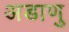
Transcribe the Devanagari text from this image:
अडाणु